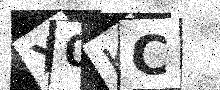
Text: X0KC